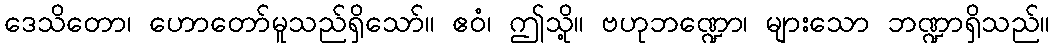
ဒေသိတော၊ ဟောတော်မူသည်ရှိသော်။ ဧဝံ၊ ဤသို့။ ဗဟုဘဏ္ဍော၊ များသော ဘဏ္ဍာရှိသည်။